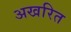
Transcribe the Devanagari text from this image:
अखरित